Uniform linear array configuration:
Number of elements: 64
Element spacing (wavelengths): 0.25
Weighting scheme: kaiser
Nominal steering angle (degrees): -30
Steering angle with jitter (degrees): -31.527
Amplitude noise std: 0.05
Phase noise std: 0.05

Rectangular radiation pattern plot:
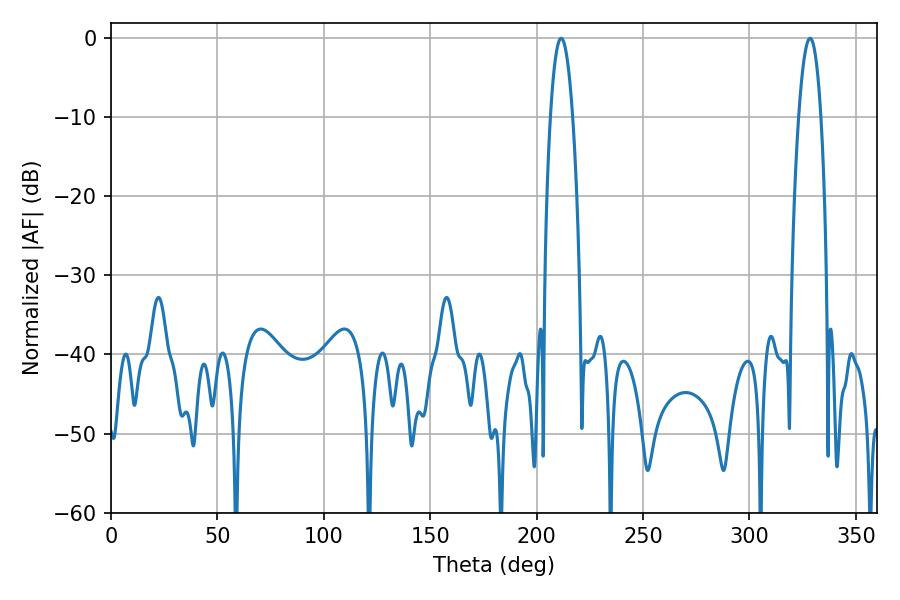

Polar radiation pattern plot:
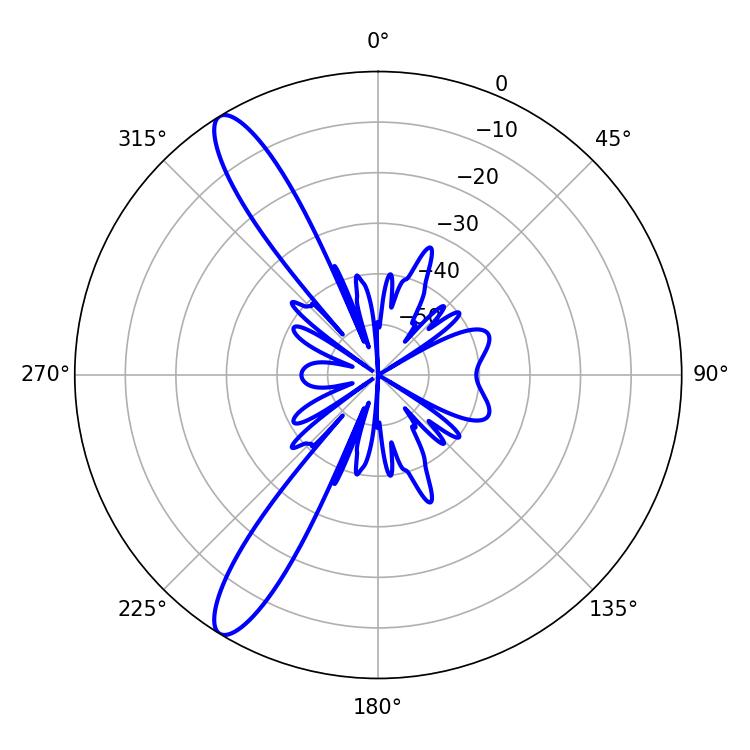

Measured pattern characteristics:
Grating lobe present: FALSE
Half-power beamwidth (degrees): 5.76
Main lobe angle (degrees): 328.5